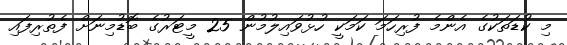
މި ކުޑަތަކުގެ އެންމެ ފުރިހަމަ ކަމަކީ ހުޅުވައިލުމުން 25 މީޓަރުގެ ބޮޑުމިނަށް ފެތުރިފައި